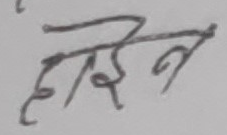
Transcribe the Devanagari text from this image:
हारिन